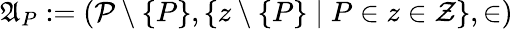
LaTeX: {\mathfrak{A}}_{P}:=({\mathcal{P}}\setminus\{ P\} ,\{ z\setminus\{ P\} \mid P\in z\in{\mathcal{Z}}\} ,\in)